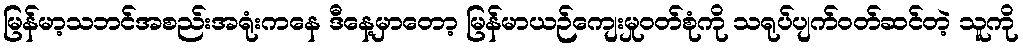
မြန်မာ့သဘင်အစည်းအရုံးကနေ ဒီနေ့မှာတော့ မြန်မာယဉ်ကျေးမှုဝတ်စုံကို သရုပ်ပျက်ဝတ်ဆင်တဲ့ သူကို